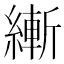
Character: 𱹿